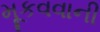
મૂકવવાની